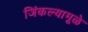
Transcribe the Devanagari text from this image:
जिंकल्यामूळे